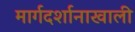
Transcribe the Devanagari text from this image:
मार्गदर्शानाखाली